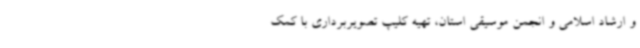
و ارشاد اسلامی و انجمن موسیقی استان، تهیه کلیپ تصویربرداری با کمک